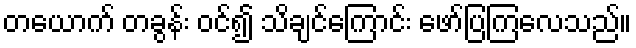
တယောက် တခွန်း ဝင်၍ သိချင်ကြောင်း ဖော်ပြကြလေသည်။